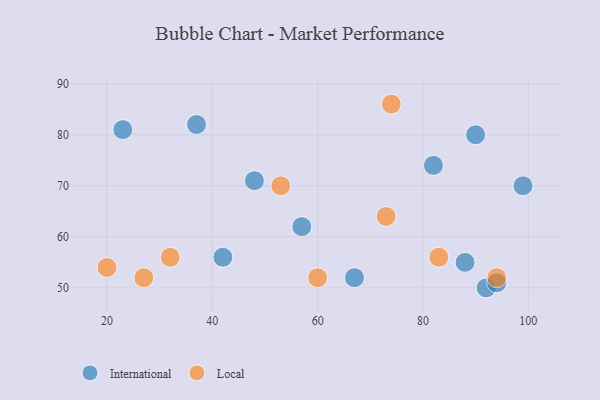
{"axis": {"x": "GDP", "y": "Life Expectancy"}, "legend": ["International", "Local"], "data": [{"x": "48", "y": 71, "type": "International"}, {"x": "99", "y": 70, "type": "International"}, {"x": "67", "y": 52, "type": "International"}, {"x": "92", "y": 50, "type": "International"}, {"x": "42", "y": 56, "type": "International"}, {"x": "82", "y": 74, "type": "International"}, {"x": "57", "y": 62, "type": "International"}, {"x": "37", "y": 82, "type": "International"}, {"x": "23", "y": 81, "type": "International"}, {"x": "90", "y": 80, "type": "International"}, {"x": "94", "y": 51, "type": "International"}, {"x": "88", "y": 55, "type": "International"}, {"x": "83", "y": 56, "type": "Local"}, {"x": "60", "y": 52, "type": "Local"}, {"x": "74", "y": 86, "type": "Local"}, {"x": "73", "y": 64, "type": "Local"}, {"x": "27", "y": 52, "type": "Local"}, {"x": "20", "y": 54, "type": "Local"}, {"x": "53", "y": 70, "type": "Local"}, {"x": "32", "y": 56, "type": "Local"}, {"x": "94", "y": 52, "type": "Local"}]}